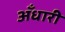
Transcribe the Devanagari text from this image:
अँधारी